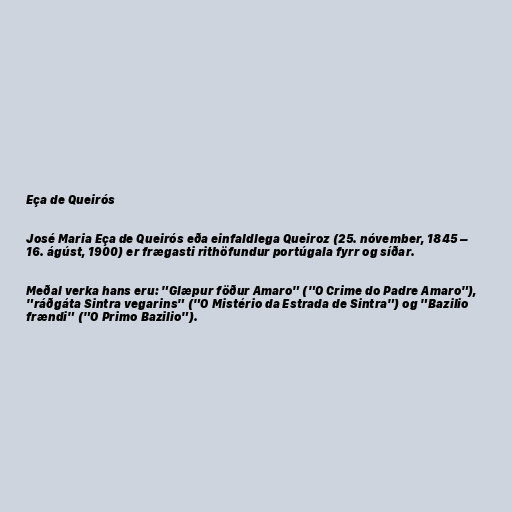
Eça de Queirós

José Maria Eça de Queirós eða einfaldlega Queiroz (25. nóvember, 1845 –
16. ágúst, 1900) er frægasti rithöfundur portúgala fyrr og síðar.

Meðal verka hans eru: "Glæpur föður Amaro" ("O Crime do Padre Amaro"),
"ráðgáta Sintra vegarins" ("O Mistério da Estrada de Sintra") og "Bazilio
frændi" ("O Primo Bazilio").